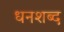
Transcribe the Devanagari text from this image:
धनशब्द